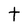
Character: t